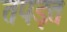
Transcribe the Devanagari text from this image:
तपड़त